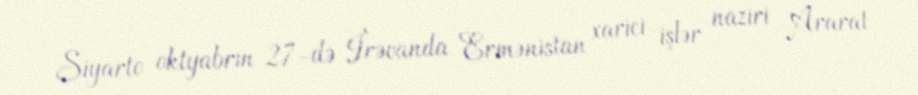
Siyarto oktyabrın 27-də İrəvanda Ermənistan xarici işlər naziri Ararat